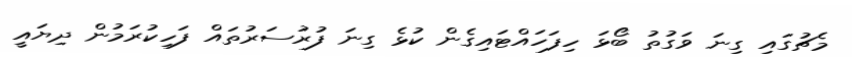
މެޗުގައި ގިނަ ވަގުތު ބޯޅަ ހިފަހައްޓައިގެން ކުޅެ ގިނަ ފުރުސަރުތައް ފަހިކުރަމުން ދިޔައީ